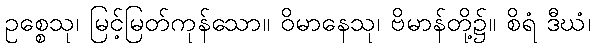
ဥစ္စေသု၊ မြင့်မြတ်ကုန်သော။ ဝိမာနေသု၊ ဗိမာန်တို့၌။ စိရံ ဒီဃံ၊